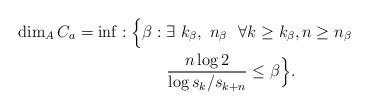
LaTeX: \begin{align*}\dim _{A}C_{a}=\inf :\Bigl\{\beta :\exists \ k_{\beta },\ n_{\beta }\ \ \forall & k\geq k_{\beta },n\geq n_{\beta } \\\frac{n\log 2}{\log s_{k}/s_{k+n}}& \leq \beta \Bigr\}. \end{align*}